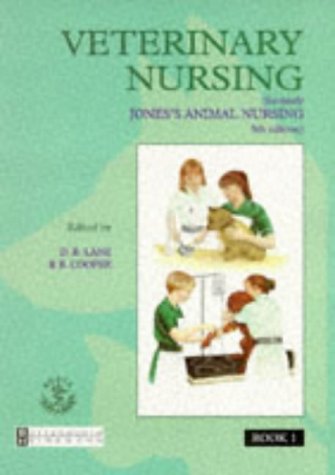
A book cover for Veterinary Nursing; Medical Books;